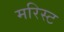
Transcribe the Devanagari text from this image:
मरिस्ट